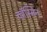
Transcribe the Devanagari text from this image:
कॉस्मिन